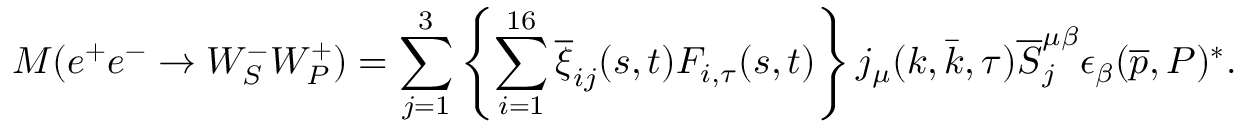
{ \cal M } ( e ^ { + } e ^ { - } \rightarrow W _ { S } ^ { - } W _ { P } ^ { + } ) = \sum _ { j = 1 } ^ { 3 } \left\{ \sum _ { i = 1 } ^ { 1 6 } \overline { { { \xi } } } _ { i j } ( s , t ) F _ { i , \tau } ( s , t ) \right\} j _ { \mu } ( k , \bar { k } , \tau ) \overline { { { S } } } _ { j } ^ { \mu \beta } \epsilon _ { \beta } ( \overline { { { p } } } , P ) ^ { \ast } .